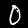
Label: 0